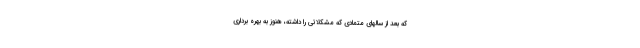
که بعد از سالهای متمادی که مشکلاتی را داشته، هنوز به بهره برداری